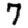
Digit: 7